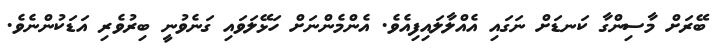
ބޭރަށް މާސިންގާ ކަނޑަށް ނަގައި އެއްލާލައިފިއެވެ. އެންމެންނަށް ހަޅޭލަވައި ގަނެވުނީ ބިރުވެރި އަޑަކުންނެވެ.